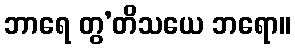
ဘာရေ တွ’တိသယေ ဘရော။